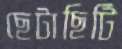
ছেটাছিটি